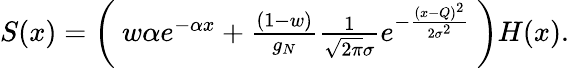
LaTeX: \begin{array}{r}{S(x)=\left(\ w\alpha e^{-\alpha x}+\frac{(1-w)}{g_{N}}\frac{1}{\sqrt{2\pi}\sigma}e^{-\frac{(x-Q)^{2}}{2\sigma^{2}}}\ \right)H(x).}\end{array}